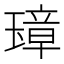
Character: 𤨼